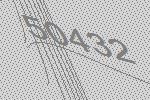
50432